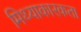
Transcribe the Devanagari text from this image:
मिथ्याकारकता